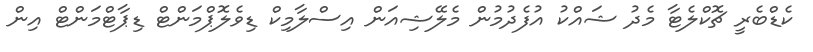
ކެޑްބެރީ ޗޮކްލެޓާ މެދު ޝައްކު އުފެދުމުން މެލޭޝިއަން އިސްލާމިކް ޑިވެލޮޕްމަންޓް ޑިޕާޓްމަންޓް އިން